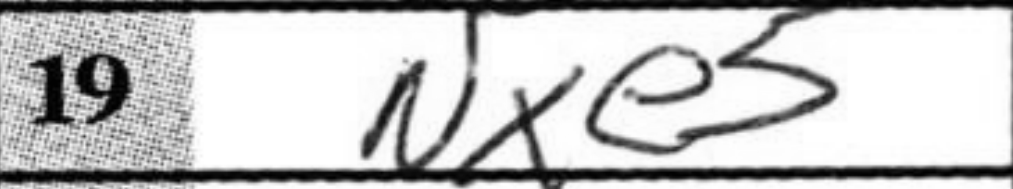
Transcription: Nxe5